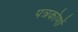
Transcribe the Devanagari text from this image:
पत्रकोणों